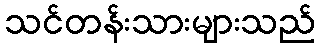
သင်တန်းသားများသည်